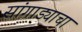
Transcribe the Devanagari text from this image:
सांगाड्याचा